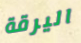
اليرقة